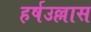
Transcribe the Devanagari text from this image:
हर्षउल्लास